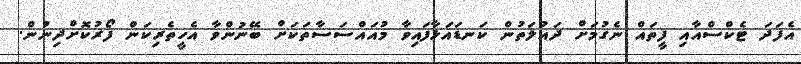
އެފަދަ ޓެކްސްއާއި ފީތައް ނެގުމަށް ދައުލަތުން ކަނޑައަޅާފައިވާ މުއައްސަސާތަކަށް ބޭނުންވާ އެހީތެރިކަން ފޯރުކޮށްދިނުން.